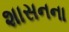
શાસનના